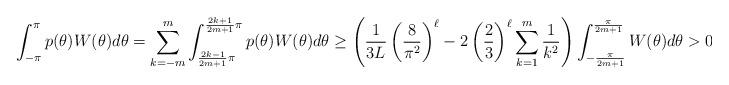
LaTeX: \begin{gather*}\int_{-\pi}^{\pi}p(\theta)W(\theta)d\theta=\sum_{k=-m}^m\int_{\frac{2k-1}{2m+1}\pi}^{\frac{2k+1}{2m+1}\pi}p(\theta)W(\theta)d\theta\geq\left(\frac{1}{3L}\left(\frac{8}{\pi^2}\right)^{\ell}-2\left(\frac{2}{3}\right)^{\ell}\sum_{k=1}^m\frac{1}{k^2}\right)\int_{-\frac{\pi}{2m+1}}^{\frac{\pi}{2m+1}}W(\theta)d\theta>0.\end{gather*}